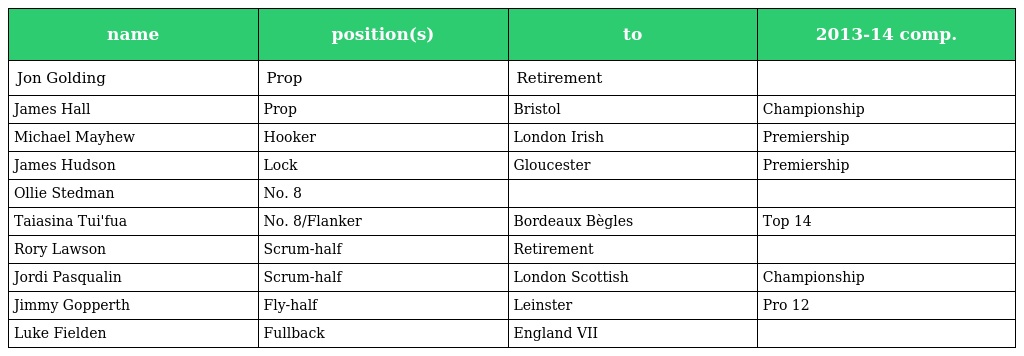
| name | position(s) | to | 2013-14 comp. |
 | --- | --- | --- | --- |
 | Jon Golding | Prop | Retirement |  |
 | James Hall | Prop | Bristol | Championship |
 | Michael Mayhew | Hooker | London Irish | Premiership |
 | James Hudson | Lock | Gloucester | Premiership |
 | Ollie Stedman | No. 8 |  |  |
 | Taiasina Tui'fua | No. 8/Flanker | Bordeaux Bègles | Top 14 |
 | Rory Lawson | Scrum-half | Retirement |  |
 | Jordi Pasqualin | Scrum-half | London Scottish | Championship |
 | Jimmy Gopperth | Fly-half | Leinster | Pro 12 |
 | Luke Fielden | Fullback | England VII |  |